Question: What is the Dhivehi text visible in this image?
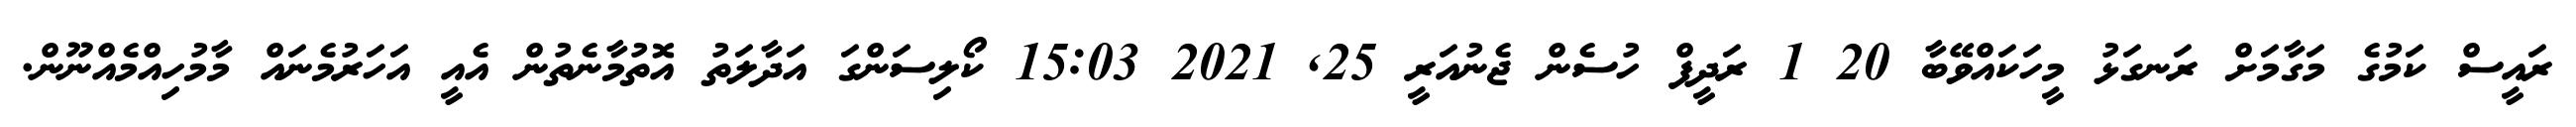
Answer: ރައީސް ކަމުގެ މަގާމަށް ރަނގަޅު މީހަކައްވޭބާ 20 1 ރަދީފް ހުސެން ޖެނުއަރީ 25, 2021 15:03 ކޯލިސަންގަ އަދާލަތު އޮތުމާނެތުން އެއީ އަހަރުމެނައް މާމުހިއްމެއްނޫން.